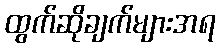
ထွက်ဆိုချက်များအရ